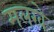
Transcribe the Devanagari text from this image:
मलखे